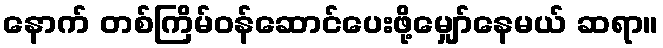
နောက် တစ်ကြိမ်ဝန်ဆောင်ပေးဖို့မျှော်နေမယ် ဆရာ။